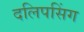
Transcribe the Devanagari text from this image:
दलिपसिंग